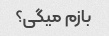
بازم میگی؟